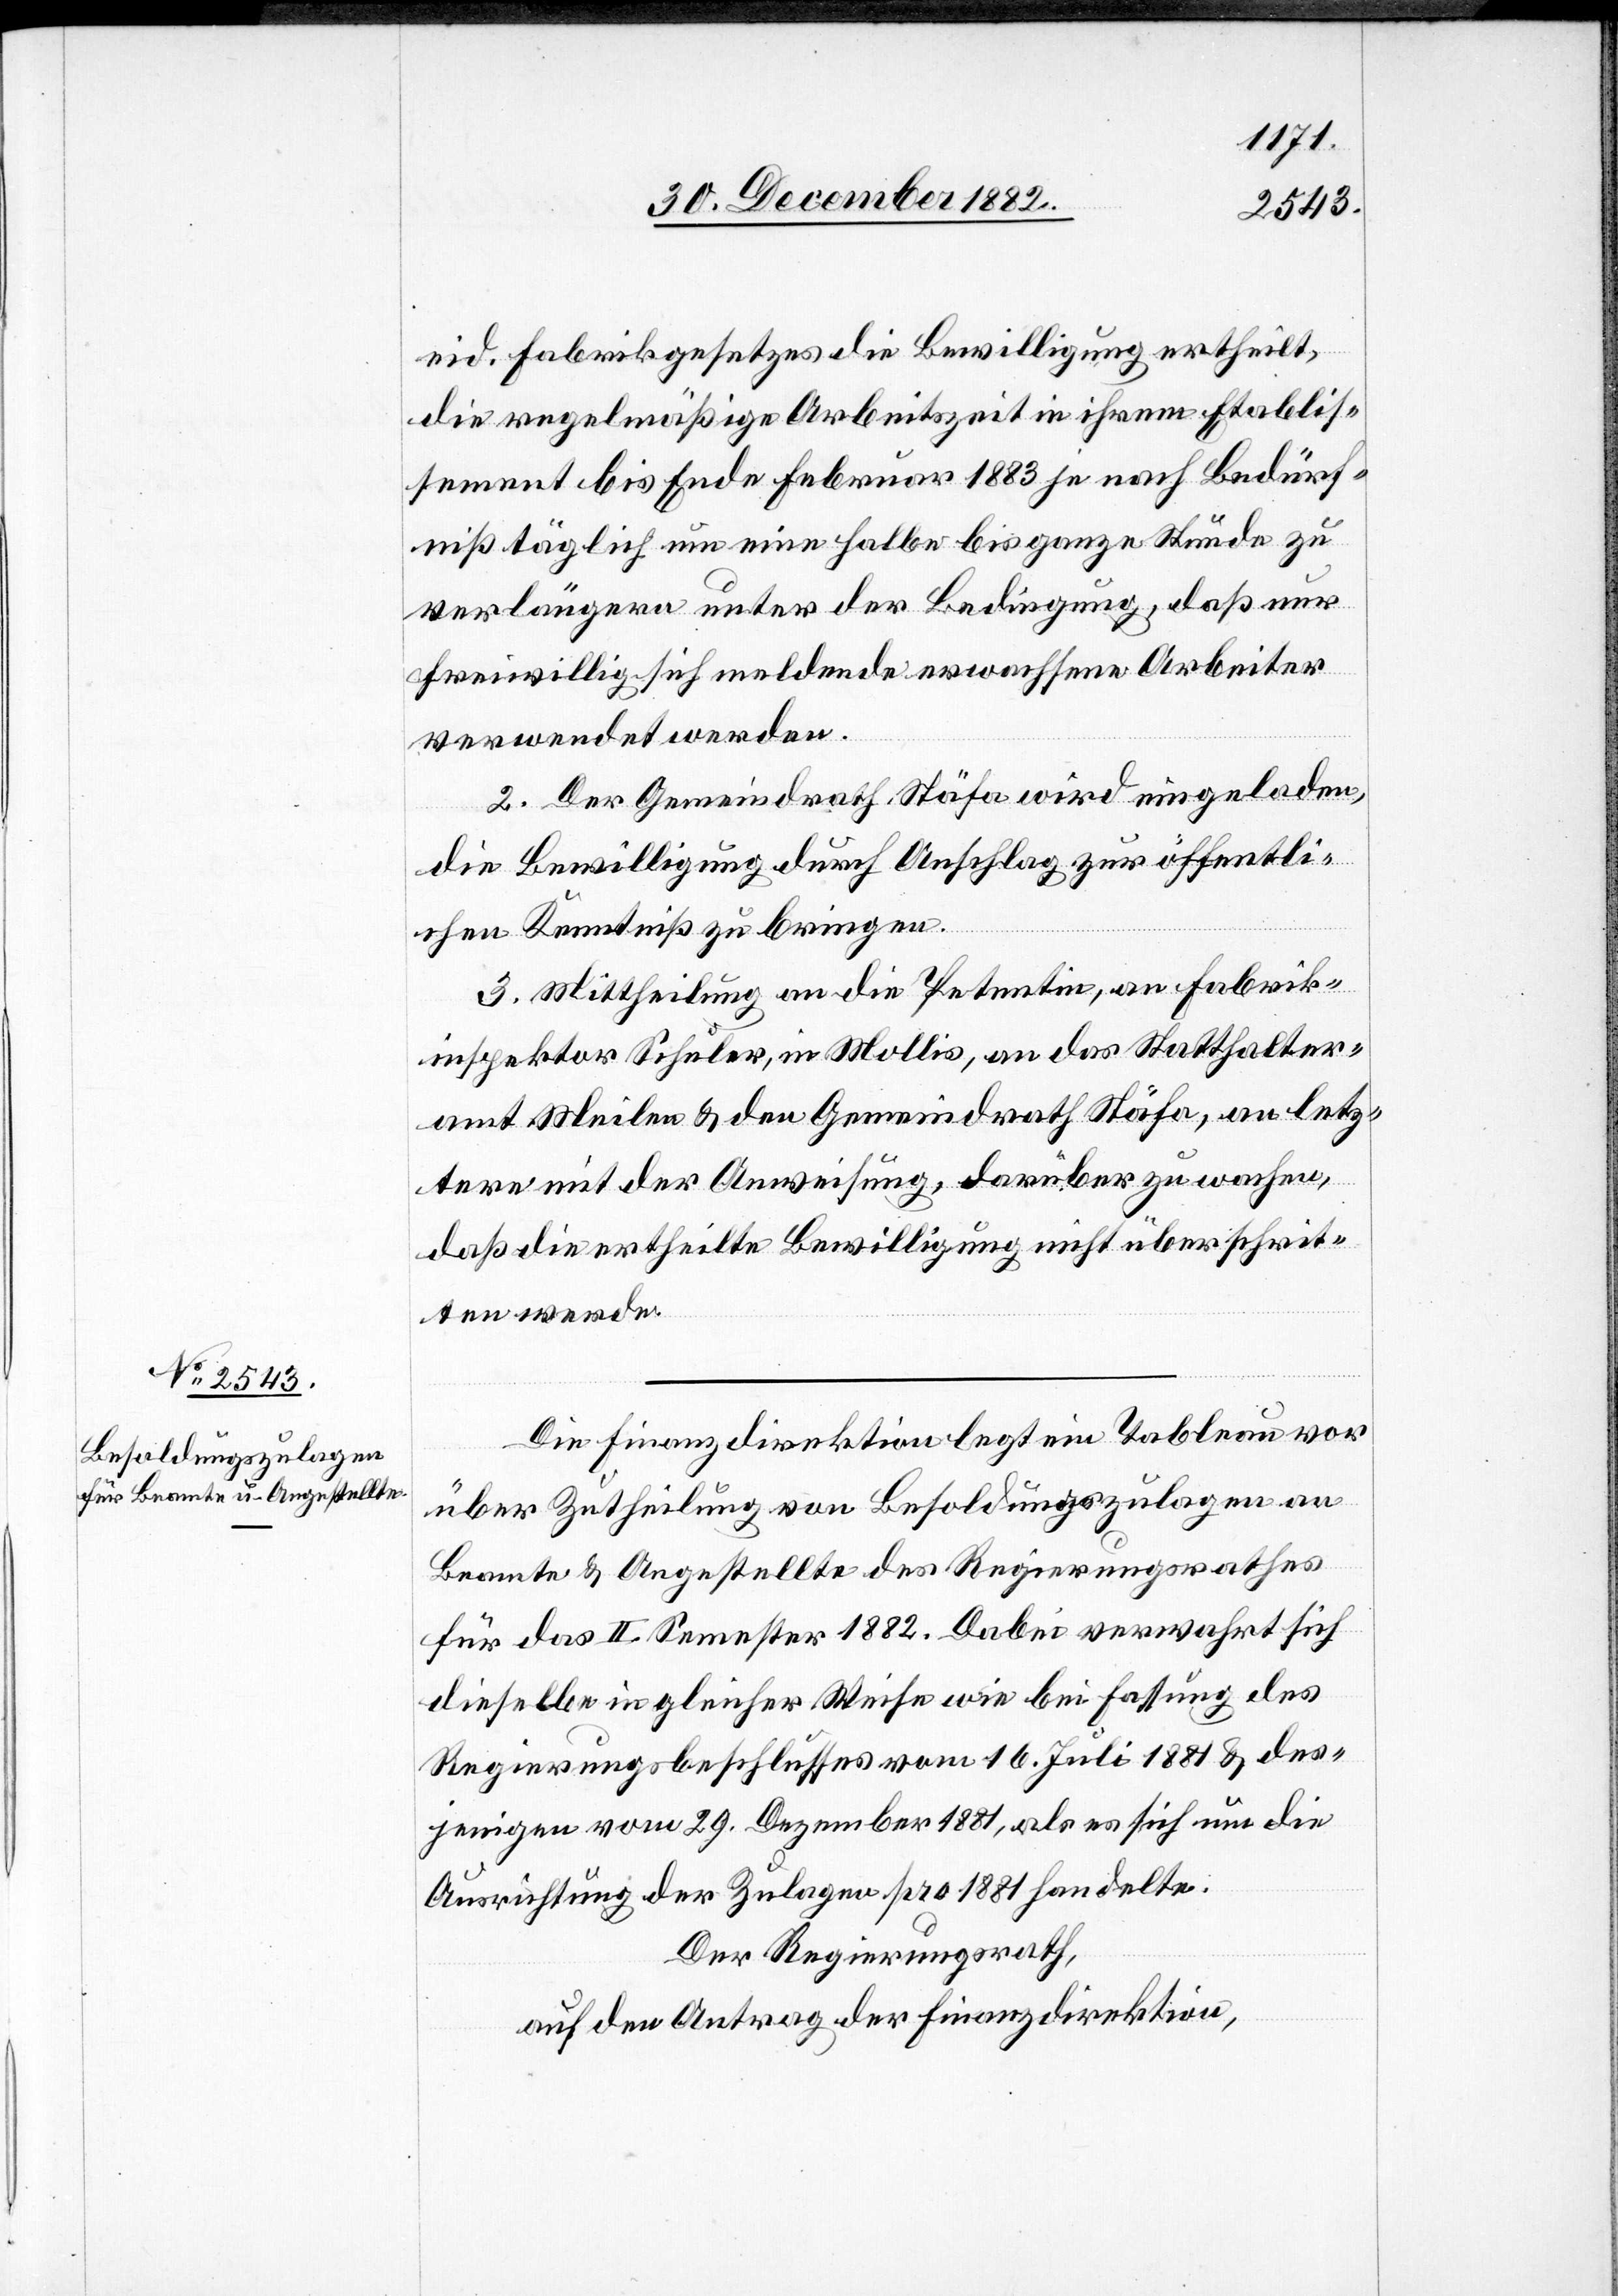
eid. Fabrikgesetzes die Bewilligung ertheilt,
die regelmäßige Arbeitszeit in ihrem Etablis¬
sement bis Ende Februar 1883 je nach Bedürf¬
niß täglich um eine halbe bis ganze Stunde zu
verlängern unter der Bedingung, daß nur
freiwillig sich meldende erwachsene Arbeiter
verwendet werden.
2. Der Gemeindrath Stäfa wird eingeladen,
die Bewilligung durch Anschlag zur öffentli¬
chen Kenntniß zu bringen.
3. Mittheilung an die Petentin, an Fabrik¬
inspektor Schuler, in Mollis, an das Statthalter¬
amt Meilen & den Gemeindrath Stäfa, an letz¬
tere mit der Anweisung, darüber zu wachen,
daß die ertheilte Bewilligung nicht überschrit¬
ten werde.
Die Finanzdirektion legt ein Tableau vor
über Zutheilung von Besoldungszulagen an
Beamte & Angestellte des Regierungsrathes
für das II. Semester 1882. Dabei verwahrt sich
dieselbe in gleicher Weise wie bei Fassung des
Regierungsbeschlusses vom 16. Juli 1881 & des¬
jenigen vom 29. Dezember 1881, als es sich um die
Ausrichtung der Zulagen pro 1881 handelte.
Der Regierungsrath,
auf den Antrag der Finanzdirektion,